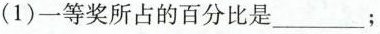
(1)一等奖所占的百分比是___；